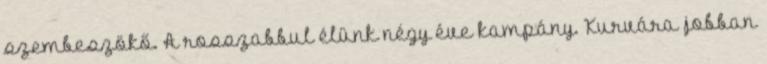
szembeszökő. A rosszabbul élünk négy éve kampány. Kurvára jobban